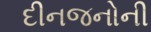
દીનજનોની